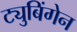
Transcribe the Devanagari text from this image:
ट्युबिंगेन